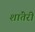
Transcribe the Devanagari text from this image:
शांतेरी